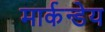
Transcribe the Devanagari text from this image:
मार्कन्डेय